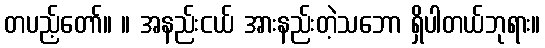
တပည့်တော်။ ။ အနည်းငယ် အားနည်းတဲ့သဘော ရှိပါတယ်ဘုရား။